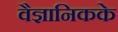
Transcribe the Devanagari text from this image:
वैज्ञानिकके